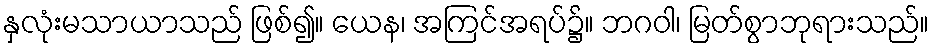
နှလုံးမသာယာသည် ဖြစ်၍။ ယေန၊ အကြင်အရပ်၌။ ဘဂဝါ၊ မြတ်စွာဘုရားသည်။